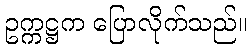
ဥက္ကဋ္ဌက ပြောလိုက်သည်။